Report of the Indian Hemp Drugs Commission, 1894-1895 - Volume I
Year: 1894
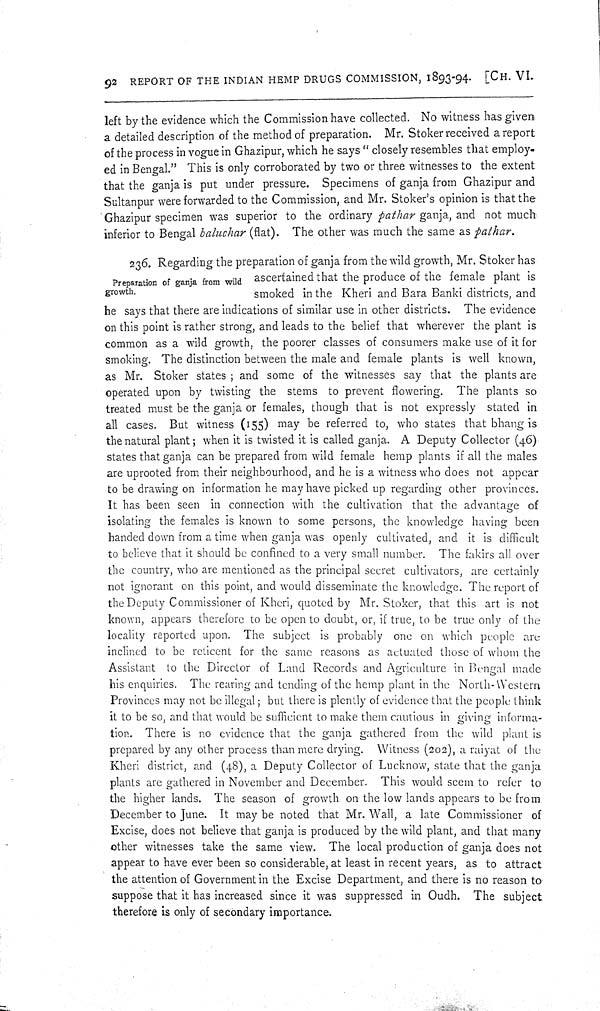
92 REPORT OF THE INDIAN HEMP DRUGS COMMISSION, 1893-94. [CH. VI.
left by the evidence which the Commission have collected. No witness has given
a detailed description of the method of preparation. Mr. Stoker received a report
of the process in vogue in Ghazipur, which he says "closely resembles that employ-
ed in Bengal." This is only corroborated by two or three witnesses to the extent
that the ganja is put under pressure. Specimens of ganja from Ghazipur and
Sultanpur were forwarded to the Commission, and Mr. Stoker's opinion is that the
Ghazipur specimen was superior to the ordinary pathar ganja, and not much
inferior to Bengal baluchar (flat). The other was much the same as pathar.
Preparation of ganja from wild
growth.
236. Regarding the preparation of ganja from the wild growth, Mr. Stoker has
ascertained that the produce of the female plant is
smoked in the Kheri and Bara Banki districts, and
he says that there are indications of similar use in other districts. The evidence
on this point is rather strong, and leads to the belief that wherever the plant is
common as a wild growth, the poorer classes of consumers make use of it for
smoking. The distinction between the male and female plants is well known,
as Mr. Stoker states; and some of the witnesses say that the plants are
operated upon by twisting the stems to prevent flowering. The plants so
treated must be the ganja or females, though that is not expressly stated in
all cases. But witness (155) may be referred to, who states that bhang is
the natural plant; when it is twisted it is called ganja. A Deputy Collector (46)
states that ganja can be prepared from wild female hemp plants if all the males
are uprooted from their neighbourhood, and he is a witness who does not appear
to be drawing on information he may have picked up regarding other provinces.
It has been seen in connection with the cultivation that the advantage of
isolating the females is known to some persons, the knowledge having been
handed down from a time when ganja was openly cultivated, and it is difficult
to believe that it should be confined to a very small number. The fakirs all over
the country, who are mentioned as the principal secret cultivators, are certainly
not ignorant on this point, and would disseminate the knowledge. The report of
the Deputy Commissioner of Kheri, quoted by Mr. Stoker, that this art is not
known, appears therefore to be open to doubt, or, if true, to be true only of the
locality reported upon. The subject is probably one on which people are
inclined to be reticent for the same reasons as actuated those of whom the
Assistant to the Director of Land Records and Agriculture in Bengal made
his enquiries. The rearing and tending of the hemp plant in the North-Western
Provinces may not be illegal; but there is plently of evidence that the people think
it to be so, and that would be sufficient to make them cautious in giving informa-
tion. There is no evidence that the ganja gathered from the wild plant is
prepared by any other process than mere drying. Witness (202), a raiyat of the
Kheri district, and (48), a Deputy Collector of Lucknow, state that the ganja
plants are gathered in November and December. This would seem to refer to
the higher lands. The season of growth on the low lands appears to be from
December to June. It may be noted that Mr. Wall, a late Commissioner of
Excise, does not believe that ganja is produced by the wild plant, and that many
other witnesses take the same view. The local production of ganja does not
appear to have ever been so considerable, at least in recent years, as to attract
the attention of Government in the Excise Department, and there is no reason to
suppose that it has increased since it was suppressed in Oudh. The subject
therefore is only of secondary importance.